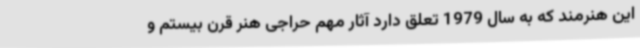
این هنرمند که به سال 1979 تعلق دارد آثار مهم حراجی هنر قرن بیستم و